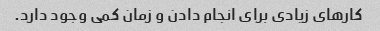
کارهای زیادی برای انجام دادن و زمان کمی وجود دارد.